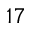
1 7